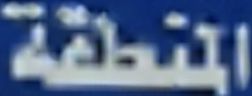
المنطقة